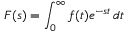
F ( s ) = \int _ { 0 } ^ { \infty } f ( t ) e ^ { - s t } \, d t